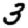
Digit: 3